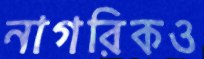
নাগরিকও